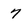
Character: 7